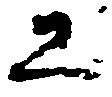
工